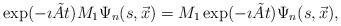
LaTeX: \begin{align*}\exp( - \imath \tilde{A} t)M_{1}\Psi_{n}(s,\vec{x})= M_{1} \exp( - \imath \tilde{A} t) \Psi_{n}(s,\vec{x}),\end{align*}